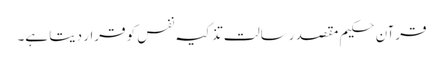
قرآن حکیم مقصد رسالت تذکیہ نفس کو قرار دیتا ہے۔